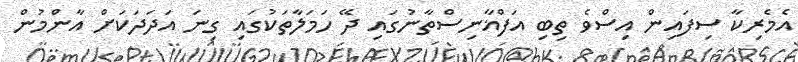
އެމެރިކާ ސިފައިން އިސްވެ ތިބި އަފްޣާނިސްތާނުގައި ދޭ ހަމަލާތަކުގައި ގިނަ އަދަދަކަށް އާންމުން